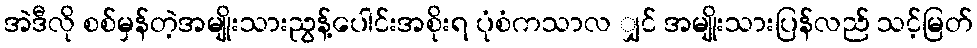
အဲဒီလို စစ်မှန်တဲ့အမျိုးသားညွန့်ပေါင်းအစိုးရ ပုံစံကသာလ ျှင် အမျိုးသားပြန်လည် သင့်မြတ်